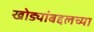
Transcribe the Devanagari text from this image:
खोड्यांबद्दलच्या